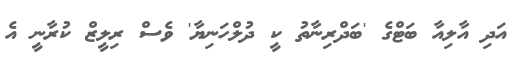
އަދި އާލިއާ ބަޓްގެ 'ބަދްރިނާތު ކީ ދުލްހަނިޔާ' ވެސް ރިލީޒް ކުރާނީ އެ